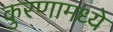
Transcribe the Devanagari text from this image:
कुरणामध्ये